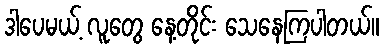
ဒါပေမယ့် လူတွေ နေ့တိုင်း သေနေကြပါတယ်။